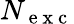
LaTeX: N_{\mathrm{~e~x~c~}}